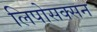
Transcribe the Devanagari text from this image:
लिपोसक्सन